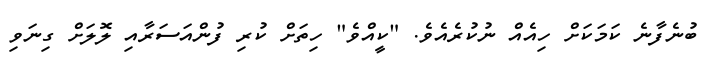
ބުނެފާނެ ކަމަކަށް ހިއެއް ނުކުރެއެވެ. "ކީއްވެ" ހިތަށް ކުރި ފުންއަސަރާއި ލޮލަށް ގިނަވި